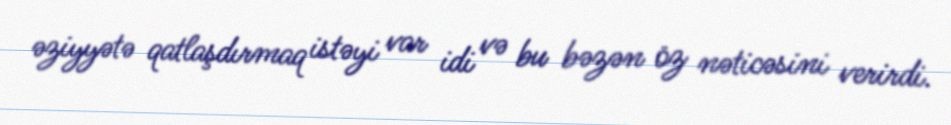
əziyyətə qatlaşdırmaq istəyi var idi və bu bəzən öz nəticəsini verirdi.